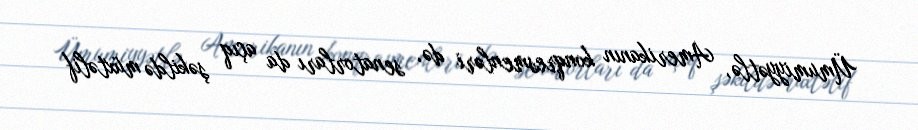
Ümumiyyətlə, Amerikanın konqresmenləri də, senatorları da açıq şəkildə müxtəlif